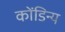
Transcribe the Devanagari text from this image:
कोंडिन्य